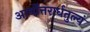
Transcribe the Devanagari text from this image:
आर्योत्तरार्धतुल्यं